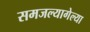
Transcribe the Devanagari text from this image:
समजल्यागेल्या